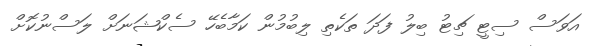
އަވަސް ސިޓީ ޗިޓު ބިލު ފަދަ ތަކެތި ލިބުމުން ކަމާބެހޭ ސެކްޝަނަށް ލަސްނުކޮށް